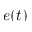
e ( t )